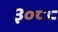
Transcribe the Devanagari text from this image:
३०८८